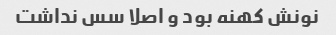
نونش کهنه بود و اصلا سس نداشت